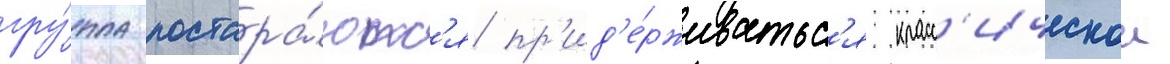
гру́ппа постара́ютс'я пр'ид'е́рживатьс'я класс'ическои